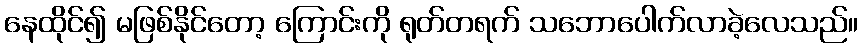
နေထိုင်၍ မဖြစ်နိုင်တော့ ကြောင်းကို ရုတ်တရက် သဘောပေါက်လာခဲ့လေသည်။